Document type: Oath
Year: 1405
Scribe: Guillem de Lledó
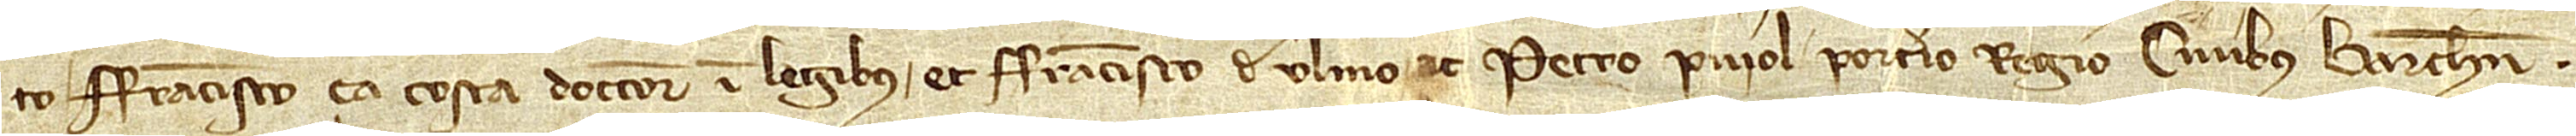
to Francisco ça Costa, doctore in legibus, et Francisco de Ulmo ac Petro Puiol, porterio regio, civibus Barchinone.